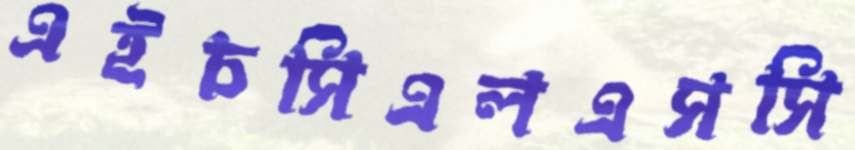
এইচসিএলএসসি